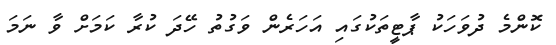
ކޮންމެ ދުވަހަކު ޕާޓީތަކުގައި އަހަރެން ވަގުތު ހޭދަ ކުރާ ކަމަށް ވާ ނަމަ